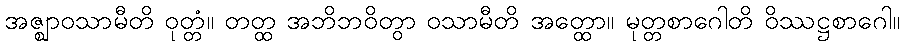
အဇ္ဈာဝသာမီတိ ဝုတ္တံ။ တတ္ထ အဘိဘဝိတွာ ဝသာမီတိ အတ္ထော။ မုတ္တစာဂေါတိ ဝိဿဋ္ဌစာဂေါ။